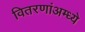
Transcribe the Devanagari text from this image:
वितरणांअम्ध्ये